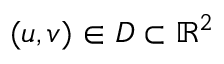
( u , v ) \in D \subset \mathbb { R } ^ { 2 }